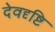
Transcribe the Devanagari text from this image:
देवदृष्टि